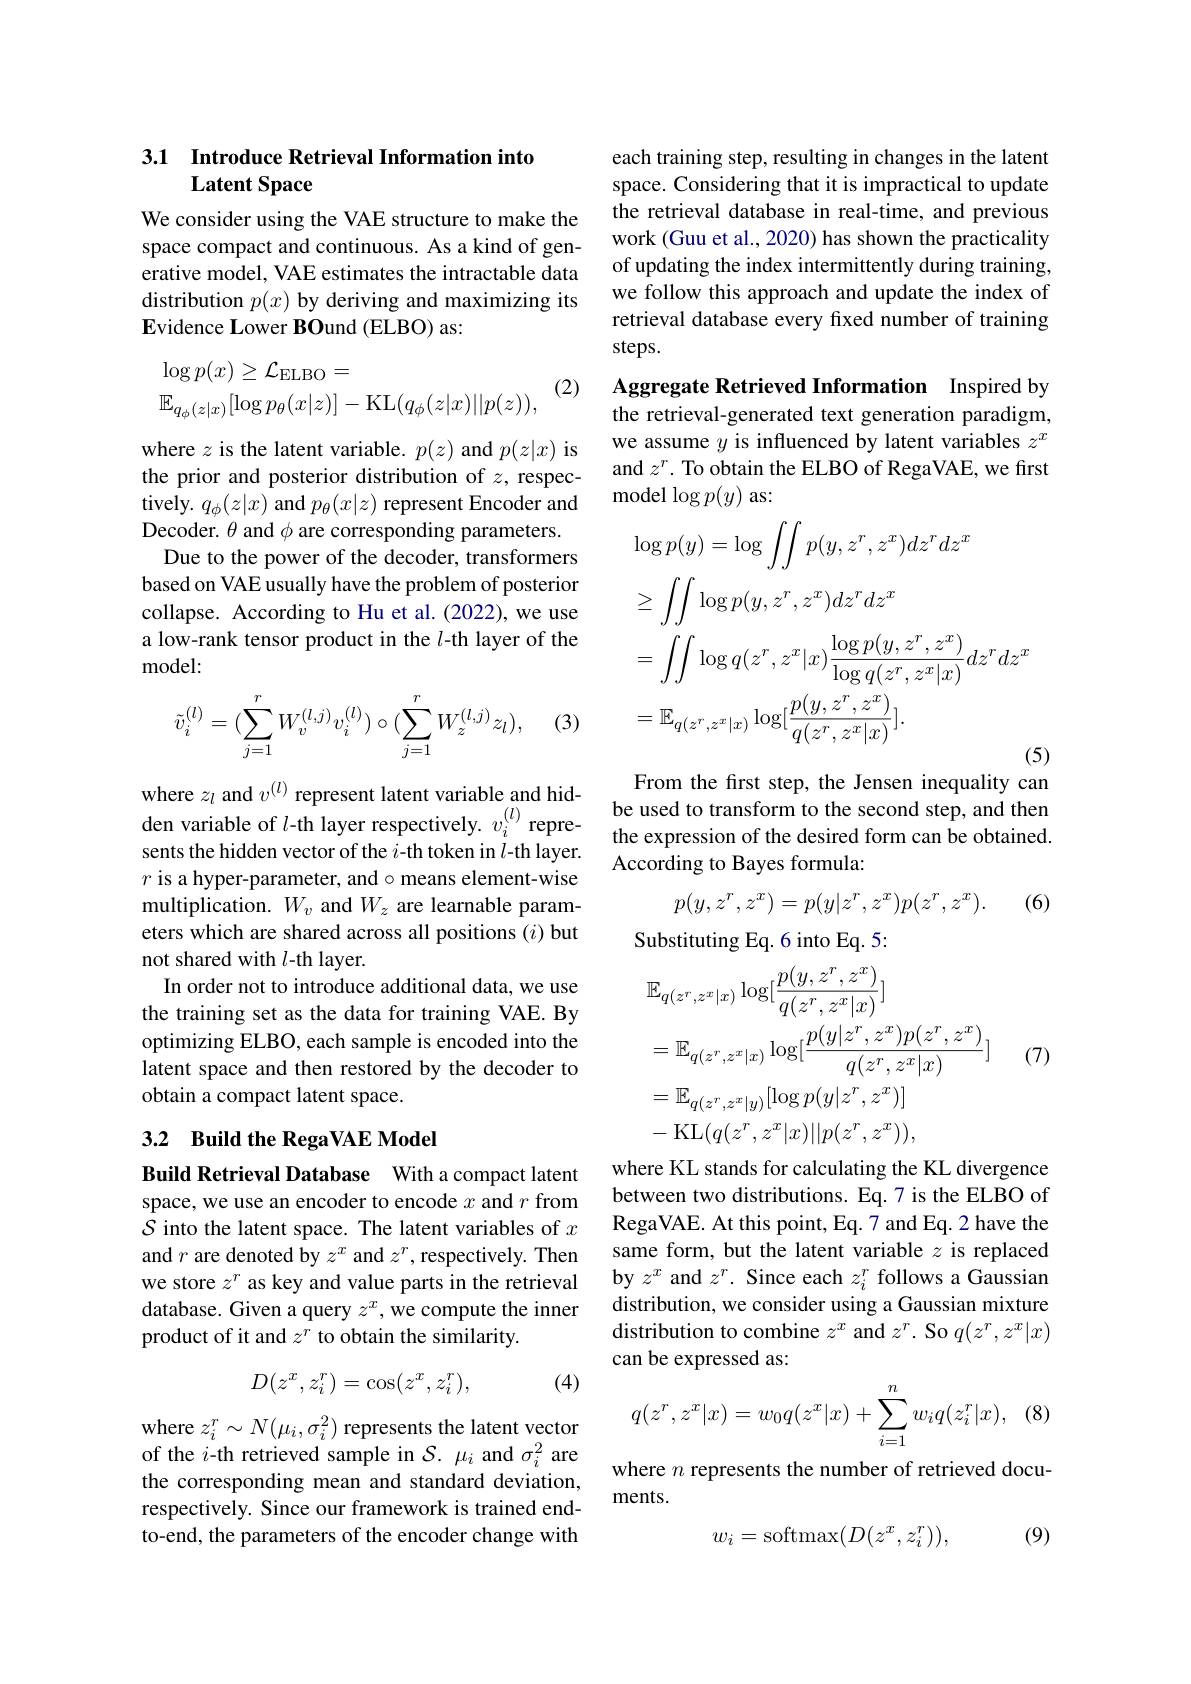
## 3.1 Introduce Retrieval Information into Latent Space

We consider using the VAE structure to make the space compact and continuous. As a kind of generative model, VAE estimates the intractable data distribution $p(x)$ by deriving and maximizing its $\mathbf{E}$vidence Lower BOund (ELBO) as:

(2)
$$\begin{aligned}&\log p(x)\geq\mathcal{L}_{\mathrm{ELBO}}=\\&\mathbb{E}_{q_{\phi}(z|x)}[\log p_{\theta}(x|z)]-\mathrm{KL}(q_{\phi}(z|x)||p(z)),\end{aligned}$$
where $z$ is the latent variable. $p(z)$ and $p(z|x)$ is the prior and posterior distribution of $z$, respectively. $q_\phi(z|x)$ and $p_\theta(x|z)$ represent Encoder and Decoder. $\theta$ and $\phi$ are corresponding parameters. Due to the power of the decoder, transformers based on VAE usually have the problem of posterior collapse. According to Hu et al.(2022), we use a low-rank tensor product in the $l$-th layer of the model:

(3)
$$\tilde{v}_i^{(l)}=(\sum_{j=1}^rW_v^{(l,j)}v_i^{(l)})\circ(\sum_{j=1}^rW_z^{(l,j)}z_l),$$
where $z_l$ and $v^{(l)}$ represent latent variable and hidsents the hidden vector of the $i$-th token in $l$-th layer. $r$ is a hyper-parameter, and$\circ$means element-wise multiplication. $W_v$ and $W_z$ are learnable parameters which are shared across all positions (i) but not shared with $l$-th layer.
In order not to introduce additional data, we use the training set as the data for training VAE. By optimizing ELBO, each sample is encoded into the latent space and then restored by the decoder to obtain a compact latent space.

## 3.2 Build the RegaVAE Model

Build Retrieval Database With a compact latent space, we use an encoder to encode $x$ and $r$ from S into the latent space. The latent variables of $x$ and $r$ are denoted by $z^x$ and $z^r$, respectively. Then we store $z^r$ as key and value parts in the retrieval database. Given a query $z^x$, we compute the inner product of it and $z^r$ to obtain the similarity.
$$D(z^x,z_i^r)=\cos(z^x,z_i^r),$$
(4)

where $z_i^r\sim N(\mu_i,\sigma_i^2)$ represents the latent vector of the $i$-th retrieved sample in $\mathcal{S}.\mu_i$ and $\sigma_i^2$ are the corresponding mean and standard deviation, respectively. Since our framework is trained endto-end, the parameters of the encoder change with

each training step, resulting in changes in the latent space. Considering that it is impractical to update the retrieval database in real-time, and previous work (Guu et al., 2020) has shown the practicality of updating the index intermittently during training, we follow this approach and update the index of retrieval database every fixed number of training steps.

Aggregate Retrieved Information Inspired by the retrieval-generated text generation paradigm, we assume $y$ is influenced by latent variables $z^x$ and $z^r.$ To obtain the ELBO of RegaVAE, we first model $\log p(y)$ as:
$$\begin{aligned}&\log p(y)=\log\int\int p(y,z^r,z^x)dz^rdz^x\\&\geq\int\int\log p(y,z^r,z^x)dz^rdz^x\\&=\int\int\log q(z^r,z^x|x)\frac{\log p(y,z^r,z^x)}{\log q(z^r,z^x|x)}dz^rdz^x\\&=\mathbb{E}_{q(z^r,z^x|x)}\log[\frac{p(y,z^r,z^x)}{q(z^r,z^x|x)}].\end{aligned}$$
From the frst step, the Jensen inequality can be used to transform to the second step, and then
den variable of $l$-th layer respectively. $v_i^{(l)}$ repre- be used to transform to the second step, and then ontst thidda vostor oftho $i$ th th th lavor the expression of the desired form can be obtained
According to Bayes formula:
$$p(y,z^r,z^x)=p(y|z^r,z^x)p(z^r,z^x).$$
(6)

Substituting Eq. 6 into Eq. 5:
$$\begin{aligned}&\mathbb{E}_{q(z^r,z^x|x)}\log[\frac{p(y,z^r,z^x)}{q(z^r,z^x|x)}]\\&=\mathbb{E}_{q(z^r,z^x|x)}\log[\frac{p(y|z^r,z^x)p(z^r,z^x)}{q(z^r,z^x|x)}]\\&=\mathbb{E}_{q(z^r,z^x|y)}[\log p(y|z^r,z^x)]\\&-\operatorname{KL}(q(z^r,z^x|x)||p(z^r,z^x)),\end{aligned}$$
(7)

where KL stands for calculating the KL divergence between two distributions. Eq.7 is the ELBO of RegaVAE. At this point, Eq. 7 and Eq. 2 have the same form, but the latent variable $z$ is replaced by $z^x$ and $z^r.$ Since each $z_i^r$ follows a Gaussian distribution, we consider using a Gaussian mixture distribution to combine $z^x$ and $z^r.$ So $q(z^r,z^x|x)$ can be expressed as:
$$q(z^r,z^x|x)=w_0q(z^x|x)+\sum_{i=1}^nw_iq(z_i^r|x),$$
(8)

where $n$ represents the number of retrieved docu-
ments.
$$w_i=\mathrm{softmax}(D(z^x,z_i^r)),$$
(9)